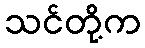
သင်တို့က